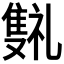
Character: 𬯰